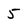
Character: 5